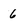
Character: 6